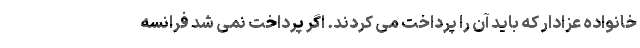
خانواده عزادار که باید آن را پرداخت می کردند. اگر پرداخت نمی شد فرانسه